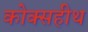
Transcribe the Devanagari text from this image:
कोक्सहीथ